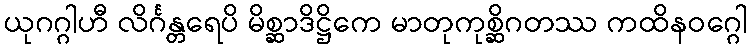
ယုဂဂ္ဂါဟီ လိင်္ဂန္တရေပိ မိစ္ဆာဒိဋ္ဌိကေ မာတုကုစ္ဆိဂတဿ ကထိနဝဂ္ဂေါ